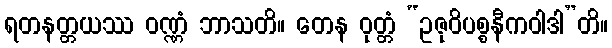
ရတနတ္တယဿ ဝဏ္ဏံ ဘာသတိ။ တေန ဝုတ္တံ “ဥဇုဝိပစ္စနီကဝါဒါ”တိ။